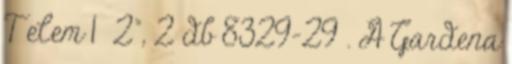
T elem 1 2", 2 db 8329-29 . A Gardena